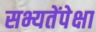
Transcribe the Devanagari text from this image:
सभ्यतेंपेक्षा